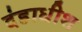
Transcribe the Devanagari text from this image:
दंडाधीश